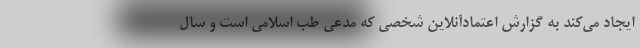
ایجاد می‌کند به گزارش اعتمادآنلاین شخصی که مدعی طب اسلامی است و سال